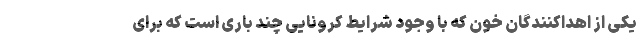
یکی از اهداکنندگان خون که با وجود شرایط کرونایی چند باری است که برای